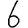
Digit: 6